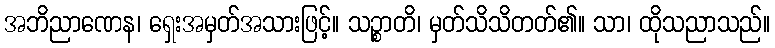
အဘိညာဏေန၊ ရှေးအမှတ်အသားဖြင့်။ သဉ္စာတိ၊ မှတ်သိသိတတ်၏။ သာ၊ ထိုသညာသည်။